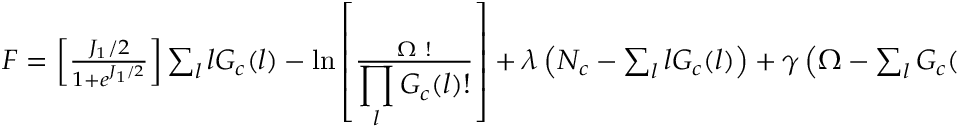
\begin{array} { r } { F = \left[ \frac { J _ { 1 } / 2 } { 1 + e ^ { J _ { 1 } / 2 } } \right] \sum _ { l } l G _ { c } ( l ) - \ln \left[ \frac { \Omega ~ ! } { \displaystyle \prod _ { l } G _ { c } ( l ) ! } \right] + \lambda \left( N _ { c } - \sum _ { l } l G _ { c } ( l ) \right) + \gamma \left( \Omega - \sum _ { l } G _ { c } ( l ) \right) } \end{array}